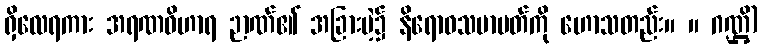
ရှိလေရကား အရဏဝိဟာရ ဉာဏ်၏ အခြားမဲ့၌ နိရောဓသမာပတ်ကို ဟောသတည်း။ ။ ဂဏ္ဌိ)